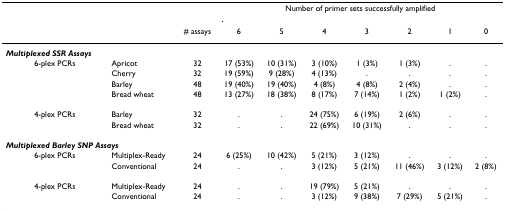
<table><thead><tr><td></td><td></td><td></td><td colspan="7"><b>Number of primer sets successfully amplified</b></td></tr><tr><td></td><td></td><td><b># assays</b></td><td><b>6</b></td><td><b>5</b></td><td><b>4</b></td><td><b>3</b></td><td><b>2</b></td><td><b>1</b></td><td><b>0</b></td></tr></thead><tbody><tr><td><b><i>Multiplexed SSR Assays</i></b></td><td></td><td></td><td></td><td></td><td></td><td></td><td></td><td></td><td></td></tr><tr><td>6-plex PCRs</td><td>Apricot</td><td>32</td><td>17 (53%)</td><td>10 (31%)</td><td>3 (10%)</td><td>1 (3%)</td><td>1 (3%)</td><td>.</td><td>.</td></tr><tr><td></td><td>Cherry</td><td>32</td><td>19 (59%)</td><td>9 (28%)</td><td>4 (13%)</td><td>.</td><td>.</td><td>.</td><td>.</td></tr><tr><td></td><td>Barley</td><td>48</td><td>19 (40%)</td><td>19 (40%)</td><td>4 (8%)</td><td>4 (8%)</td><td>2 (4%)</td><td>.</td><td>.</td></tr><tr><td></td><td>Bread wheat</td><td>48</td><td>13 (27%)</td><td>18 (38%)</td><td>8 (17%)</td><td>7 (14%)</td><td>1 (2%)</td><td>1 (2%)</td><td>.</td></tr><tr><td>4-plex PCRs</td><td>Barley</td><td>32</td><td>.</td><td>.</td><td>24 (75%)</td><td>6 (19%)</td><td>2 (6%)</td><td>.</td><td>.</td></tr><tr><td></td><td>Bread wheat</td><td>32</td><td>.</td><td>.</td><td>22 (69%)</td><td>10 (31%)</td><td>.</td><td>.</td><td>.</td></tr><tr><td colspan="2"><b><i>Multiplexed Barley SNP Assays</i></b></td><td></td><td></td><td></td><td></td><td></td><td></td><td></td><td></td></tr><tr><td>6-plex PCRs</td><td>Multiplex-Ready</td><td>24</td><td>6 (25%)</td><td>10 (42%)</td><td>5 (21%)</td><td>3 (12%)</td><td>.</td><td>.</td><td>.</td></tr><tr><td></td><td>Conventional</td><td>24</td><td>.</td><td>.</td><td>3 (12%)</td><td>5 (21%)</td><td>11 (46%)</td><td>3 (12%)</td><td>2 (8%)</td></tr><tr><td>4-plex PCRs</td><td>Multiplex-Ready</td><td>24</td><td>.</td><td>.</td><td>19 (79%)</td><td>5 (21%)</td><td>.</td><td>.</td><td>.</td></tr><tr><td></td><td>Conventional</td><td>24</td><td>.</td><td>.</td><td>3 (12%)</td><td>9 (38%)</td><td>7 (29%)</td><td>5 (21%)</td><td>.</td></tr></tbody></table>